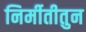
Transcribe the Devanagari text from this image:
निर्मीतीतुन